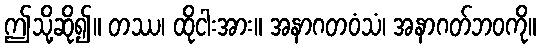
ဤသို့ဆို၍။ တဿ၊ ထိုငါးအား။ အနာဂတဝံသံ၊ အနာဂတ်ဘဝကို။